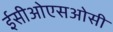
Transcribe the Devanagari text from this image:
ईसीओएसओसी